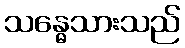
သန္ဓေသားသည်